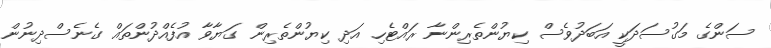
ސަންގެ މަގުސަދަކީ އަބަދުވެސް ކިޔުންތެރިންނާ ރައްޓެހި އަދި ކިޔުންތެރިން ގަޔާވާ އުފެއްދުންތައް ގެނެސްދިނުން